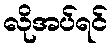
လိုအပ်ရင်